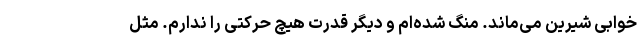
خوابی شیرین می‌ماند. منگ شده‌ام و دیگر قدرت هیچ حرکتی را ندارم. مثل